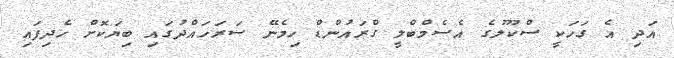
އަދި އެ ގަހަކީ ސްކޫލުގެ އެސެމްބްލީ ގްރައުންޑް ހިމެނޭ ސަރަހައްދުގައި ބިޔަކޮށް ހެދިފައި